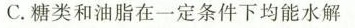
C.糖类和油脂在一定条件下均能水解